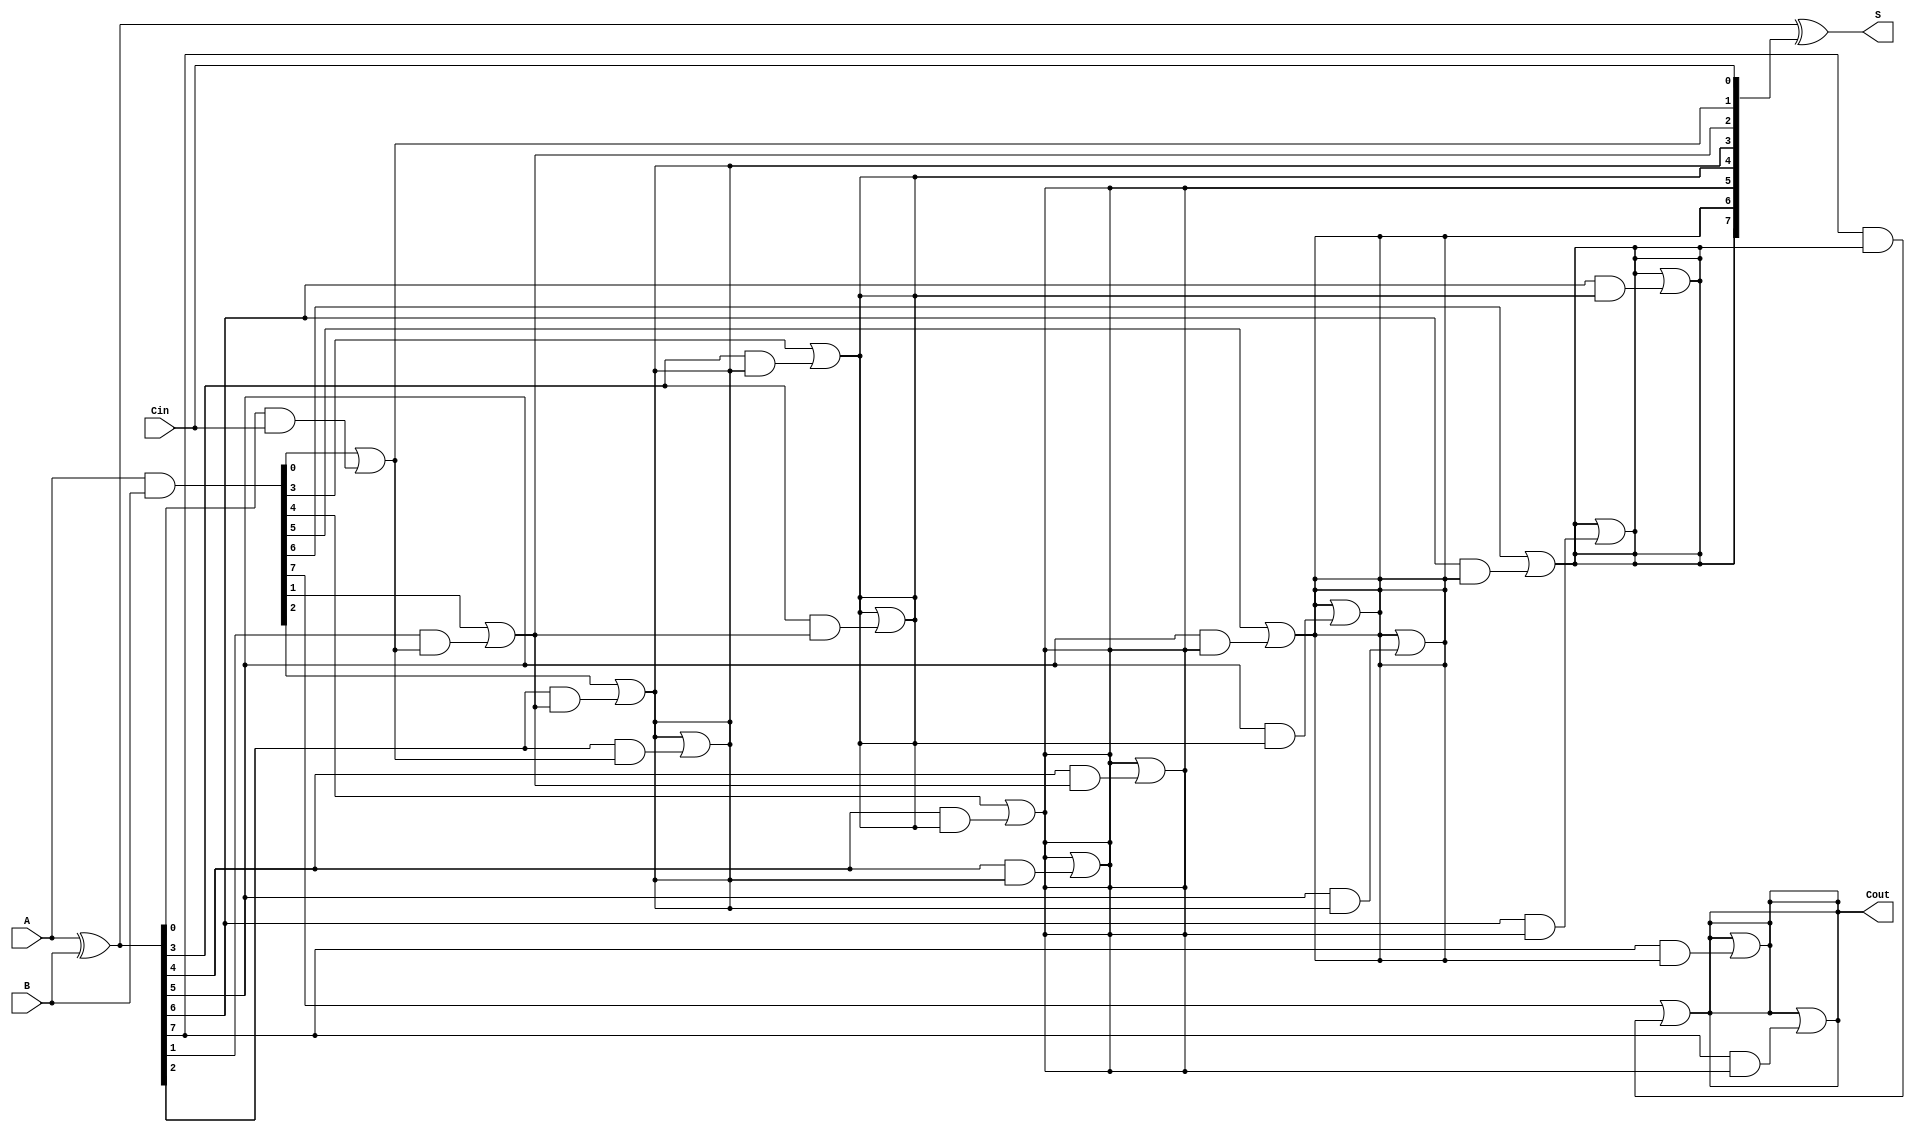
module KoggeStoneAdder #(parameter n = 8) (
    input [n-1:0] A,   // First n-bit input
    input [n-1:0] B,   // Second n-bit input
    input Cin,         // Carry-in
    output [n-1:0] S,  // n-bit sum output
    output Cout        // Carry-out
);

    // Generate and Propagate signals
    wire [n-1:0] G; // Generate
    wire [n-1:0] P; // Propagate
    wire [n:0] C;   // Carry signals

    // Generate and Propagate calculations
    assign G = A & B;          // G[i] = A[i] AND B[i]
    assign P = A ^ B;          // P[i] = A[i] XOR B[i]

    // Carry initialization
    assign C[0] = Cin;         // C[0] is the input carry

    // Kogge-Stone carry generation
    genvar i, j, k;
    generate
        // Stage 1
        for (i = 0; i < n; i = i + 1) begin : stage1
            if (i == 0) begin
                assign C[i + 1] = G[i] | (P[i] & C[0]);
            end else begin
                assign C[i + 1] = G[i] | (P[i] & C[i]);
            end
        end

        // Subsequent stages
        for (k = 1; k < $clog2(n); k = k + 1) begin : stages
            for (j = 0; j < n; j = j + 1) begin : carry_gen
                if (j >= (1 << k)) begin
                    assign C[j + 1] = C[j + 1] | (P[j] & C[j - (1 << (k - 1))]);
                end
            end
        end
    endgenerate

    // Sum calculation
    assign S = P ^ C[n-1:0]; // S[i] = P[i] XOR C[i]

    // Carry-out
    assign Cout = C[n]; // Final carry-out

endmodule